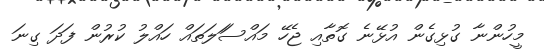
މީހުންނާ ގުޅިގެން އުޅޭނެ ގޮތާއި ޖެހޭ މައްސަަލަތައް ހައްލު ކުރުން ފަދަ ގިނަ